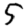
Digit: 5